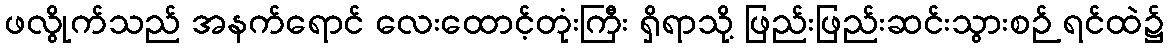
ဖလွိုက်သည် အနက်ရောင် လေးထောင့်တုံးကြီး ရှိရာသို့ ဖြည်းဖြည်းဆင်းသွားစဉ် ရင်ထဲ၌